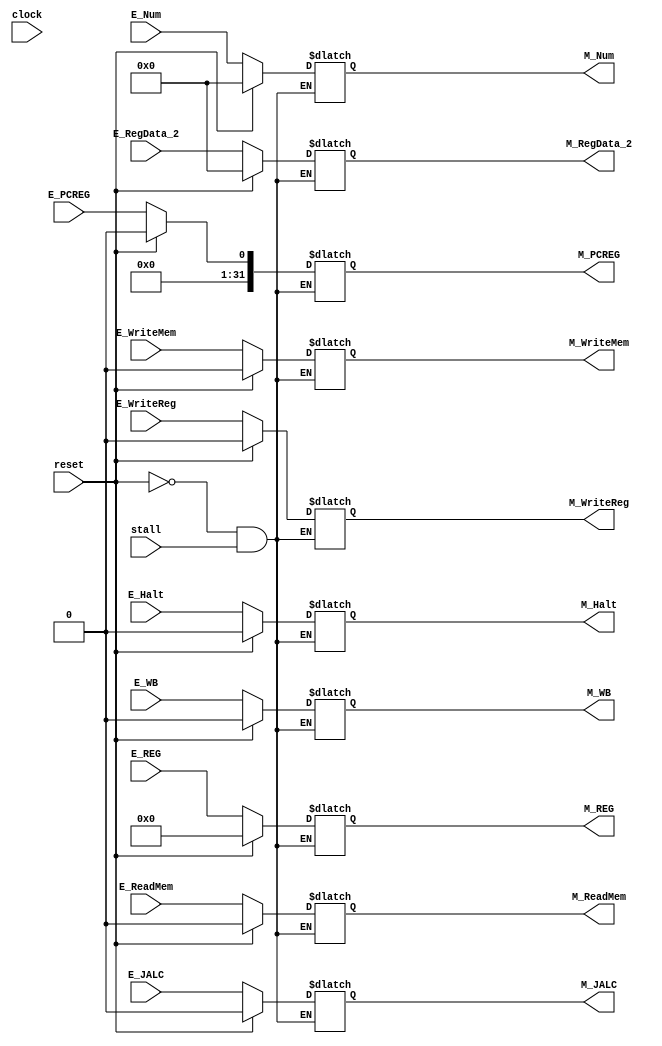
module EXE_MEM_Buffer(
  input clock, stall, reset, E_Halt,
  input E_WriteReg, E_WB, E_ReadMem, E_WriteMem,
  input[31:0] E_Num, E_RegData_2, 
  input[4:0] E_REG,
  input E_JALC,
  input E_PCREG,
  output reg M_Halt,
  output reg M_WriteReg, M_WB, M_ReadMem, M_WriteMem, 
  output reg[31:0] M_Num, M_RegData_2, 
  output reg[4:0] M_REG,
  output reg M_JALC,
  output reg[31:0] M_PCREG 
);
  
  always @(clock)
    if (reset)
      begin
        M_Halt <= 0;
        M_WriteReg <= 0;
        M_WB <= 0;
        M_ReadMem <= 0;
        M_WriteMem <= 0;
        M_Num <= 0;
        M_RegData_2 <= 0;
        M_REG <= 0;
        M_JALC <= 0;
        M_PCREG <= 0;
      end
    else if (~stall)
      begin
        M_Halt <= E_Halt;
        M_WriteReg <= E_WriteReg;
        M_WB <= E_WB;
        M_ReadMem <= E_ReadMem;
        M_WriteMem <= E_WriteMem;
        M_Num <= E_Num;
        M_RegData_2 <= E_RegData_2;
        M_REG <= E_REG;
        M_JALC <= E_JALC;
        M_PCREG <= E_PCREG;
      end
     
endmodule